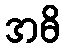
အဓိ